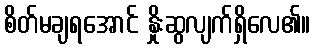
စိတ်မချရအောင် နှိုးဆွလျက်ရှိလေ၏။